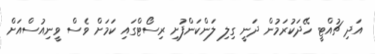
އަދި ޗުއްޓީ ހޭދަކުރަމުން ދަނީ ގިލި ލަންކަންފުށި ރިސޯޓްގައި ކަަމަށް ވެސް ވީނިއުސްއަށް